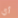
أي